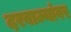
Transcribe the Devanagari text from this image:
दरवाज्यांवर